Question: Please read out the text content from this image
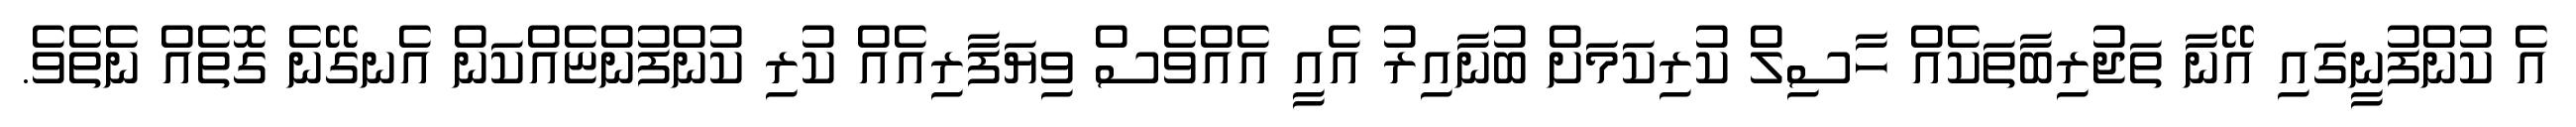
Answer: އެ ކުންފުނީގައި އޭނާ ތަޖުރިބާތަކެއް ހާސިލް ކުރިކަމަށް ބުނާއިރު އެއީ އެއްވެސް ވިޔަފާރިއެއް ކުރި ކުންފުންޏެއްކަން އެނގޭނެ ގޮތެއް ނެތެވެ.